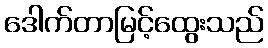
ဒေါက်တာမြင့်ထွေးသည်